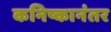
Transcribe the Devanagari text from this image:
कनिष्कानंतर